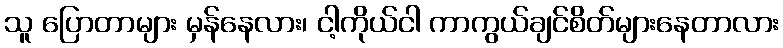
သူ ပြောတာများ မှန်နေလား၊ ငါ့ကိုယ်ငါ ကာကွယ်ချင်စိတ်များနေတာလား